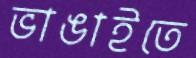
ভাঙাইতে